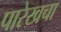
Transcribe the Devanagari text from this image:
पारेखचा